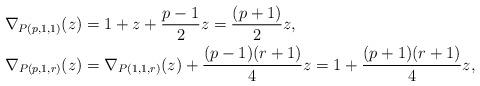
LaTeX: \begin{align*}\nabla_{P(p,1,1)}(z) &= 1+z + \frac{p-1}{2}z = \frac{(p+1)}{2}z,\\\nabla_{P(p,1,r)}(z) &= \nabla_{P(1,1,r)}(z) + \frac{(p-1)(r+1)}{4}z = 1+ \frac{(p+1)(r+1)}{4}z, \end{align*}